Report of an investigation of the epidemic of malarial fever in Assam, or, kala-azar
Disease focus: Malaria
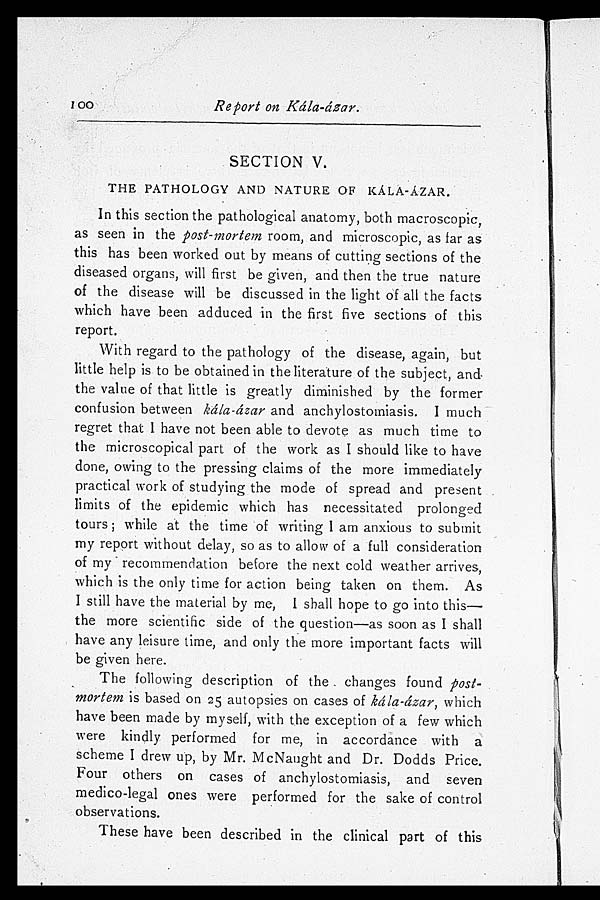
100
Report on Kála-ázar.
SECTION V.
THE PATHOLOGY AND NATURE OF KÁLA-ÁZAR.
In this section the pathological anatomy, both macroscopic,
as seen in the post-mortem room, and microscopic, as far as
this has been worked out by means of cutting sections of the
diseased organs, will first be given, and then the true nature
of the disease will be discussed in the light of all the facts
which have been adduced in the first five sections of this
report.
With regard to the pathology of the disease, again, but
little help is to be obtained in the literature of the subject, and
the value of that little is greatly diminished by the former
confusion between kála-ázar and anchylostomiasis. I much
regret that I have not been able to devote as much time to
the microscopical part of the work as I should like to have
done, owing to the pressing claims of the more immediately
practical work of studying the mode of spread and present
limits of the epidemic which has necessitated prolonged
tours; while at the time of writing I am anxious to submit
my report without delay, so as to allow of a full consideration
of my recommendation before the next cold weather arrives,
which is the only time for action being taken on them. As
I still have the material by me, I shall hope to go into this—
the more scientific side of the question—as soon as I shall
have any leisure time, and only the more important facts will
be given here.
The following description of the changes found post-
mortem is based on 25 autopsies on cases of kála-ázar, which
have been made by myself, with the exception of a few which
were kindly performed for me, in accordance with a
scheme I drew up, by Mr. McNaught and Dr. Dodds Price.
Four others on cases of anchylostomiasis, and seven
medico-legal ones were performed for the sake of control
observations.
These have been described in the clinical part of this